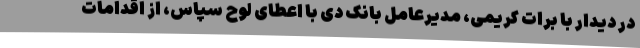
در دیدار با برات کریمی، مدیرعامل بانک دی با اعطای لوح سپاس، از اقدامات